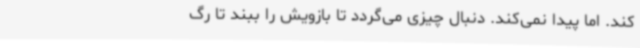
کند. اما پیدا نمی‌کند. دنبال چیزی می‌گردد تا بازویش را ببند تا رگ